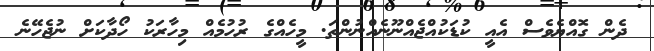
ދެން ގޮއްޔެވެސް އެއީ ކުޑަކުއްޖެއްނޫނެއްނުންތަ. މީހެއްގެ ރުހުމެއް މިހާރަކު ހޯދާކަށް ނުޖެހޭނެ